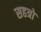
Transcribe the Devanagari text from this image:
सहत्रों